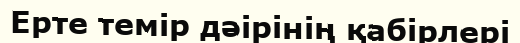
Ерте темір дәірінің қабірлері